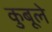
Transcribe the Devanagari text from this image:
कुबूले